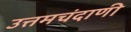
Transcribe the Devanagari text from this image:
उत्तमचंदाणी